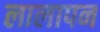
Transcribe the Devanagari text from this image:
लालापन